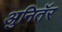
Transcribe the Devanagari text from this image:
अुनितॅर